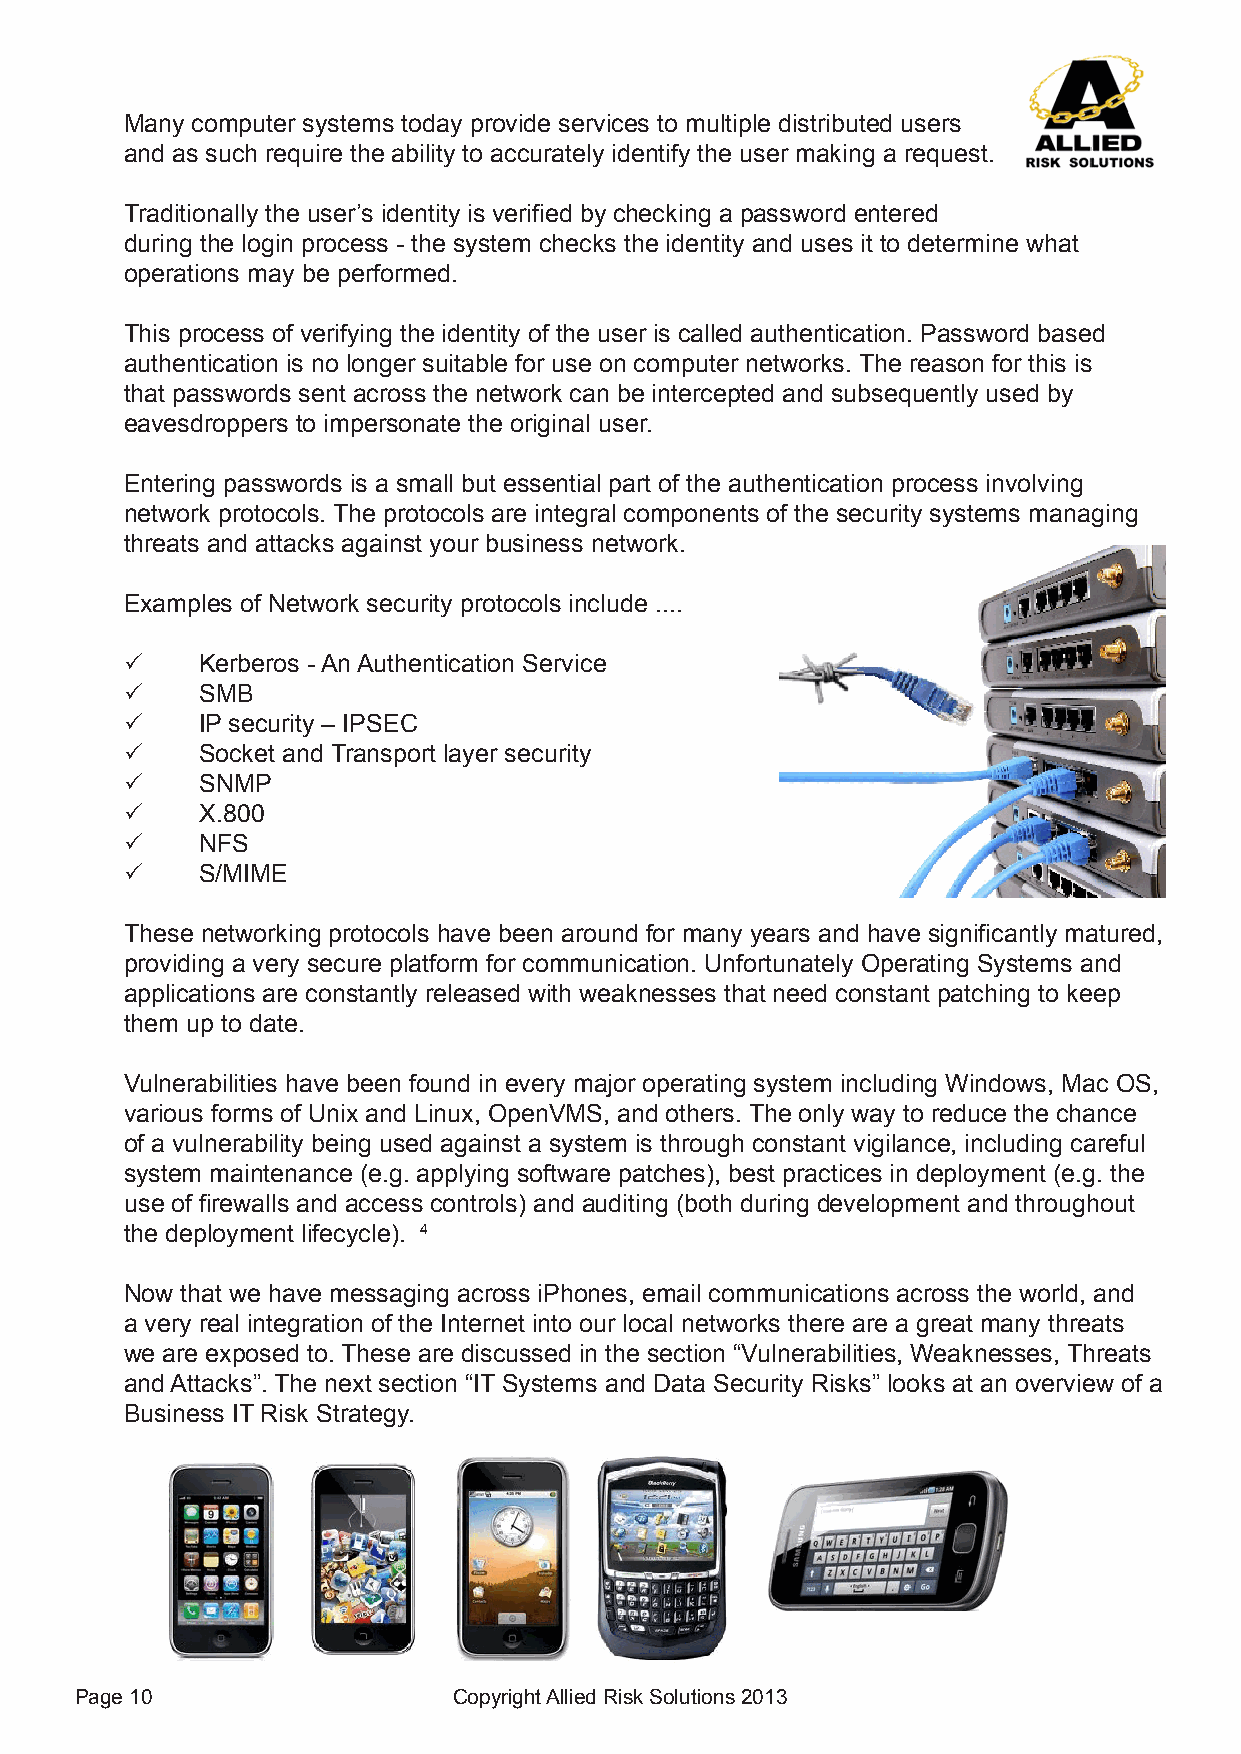
Many computer systems today provide services to multiple distributed users
 and as such require the ability to accurately identify the user making a request.
 Traditionally the user’s identity is verified by checking a password entered
 during the login process - the system checks the identity and uses it to determine what
 operations may be performed.
 This process of verifying the identity of the user is called authentication. Password based
 authentication is no longer suitable for use on computer networks. The reason for this is
 that passwords sent across the network can be intercepted and subsequently used by
 eavesdroppers to impersonate the original user.
 Entering passwords is a small but essential part of the authentication process involving
 network protocols. The protocols are integral components of the security systems managing
 threats and attacks against your business network.
 Examples of Network security protocols include ....
 P    Kerberos - An Authentication Service
 P    SMB
 P    IP security – IPSEC
 P    Socket and Transport layer security
 P    SNMP
 P    X.800
 P    NFS
 P    S/MIME
 These networking protocols have been around for many years and have significantly matured,
 providing a very secure platform for communication. Unfortunately Operating Systems and
 applications are constantly released with weaknesses that need constant patching to keep
 them up to date.
 Vulnerabilities have been found in every major operating system including Windows, Mac OS,
 various forms of Unix and Linux, OpenVMS, and others. The only way to reduce the chance
 of a vulnerability being used against a system is through constant vigilance, including careful
 system maintenance (e.g. applying software patches), best practices in deployment (e.g. the
 use of firewalls and access controls) and auditing (both during development and throughout
 the deployment lifecycle). 4
 Now that we have messaging across iPhones, email communications across the world, and
 a very real integration of the Internet into our local networks there are a great many threats
 we are exposed to. These are discussed in the section “Vulnerabilities, Weaknesses, Threats
 and Attacks”. The next section “IT Systems and Data Security Risks” looks at an overview of a
 Business IT Risk Strategy.
 Page 10                  Copyright Allied Risk Solutions 2013